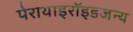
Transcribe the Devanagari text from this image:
पेराथाइरॉइडजन्य